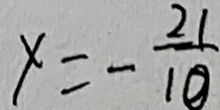
x = - \frac { 2 1 } { 1 0 }